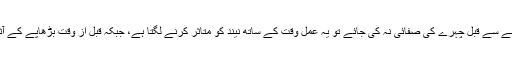
ماہرین کے مطابق اگر سونے سے قبل چہرے کی صفائی نہ کی جائے تو یہ عمل وقت کے ساتھ نیند کو متاثر کرنے لگتا ہے، جبکہ قبل از وقت بڑھاپے کے آثار الگ نمایاں ہوجاتے ہیں۔